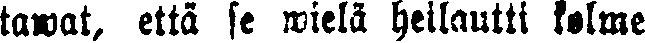
tawat, että se wielä heilautti kolme